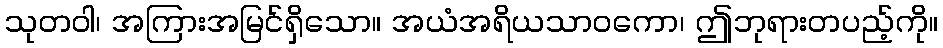
သုတဝါ၊ အကြားအမြင်ရှိသော။ အယံအရိယသာဝကော၊ ဤဘုရားတပည့်ကို။